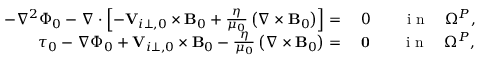
\begin{array} { r l } { - \nabla ^ { 2 } \Phi _ { 0 } - \nabla \cdot \left[ - { \mathbf V } _ { i \perp , 0 } \times { \mathbf B _ { 0 } } + \frac { \eta } { \mu _ { 0 } } \left( \nabla \times { \mathbf B _ { 0 } } \right) \right] = } & { { } ~ 0 \qquad \mathrm { ~ i ~ n ~ } \quad \Omega ^ { P } , } \\ { \boldsymbol { \tau } _ { 0 } - \nabla \Phi _ { 0 } + { \mathbf V } _ { i \perp , 0 } \times { \mathbf B _ { 0 } } - \frac { \eta } { \mu _ { 0 } } \left( \nabla \times { \mathbf B _ { 0 } } \right) = } & { { } ~ \mathbf { 0 } \qquad \mathrm { ~ i ~ n ~ } \quad \Omega ^ { P } , } \end{array}